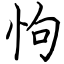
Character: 怐